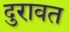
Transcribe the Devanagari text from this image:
दुरावत